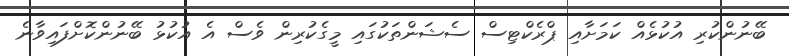
ބޭނުންކުރި އުކުޅެއް ކަމަށާއި ޕްރެކްޓިސް ސެޝަންތަކުގައި މީގެކުރިން ވެސް އެ އުކުޅު ބޭނުންކޮށްފައިވާނެ